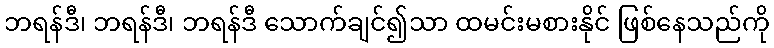
ဘရန်ဒီ၊ ဘရန်ဒီ၊ ဘရန်ဒီ သောက်ချင်၍သာ ထမင်းမစားနိုင် ဖြစ်နေသည်ကို